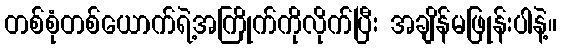
တစ်စုံတစ်ယောက်ရဲ့အကြိုက်ကိုလိုက်ပြီး အချိန်မဖြုန်းပါနဲ့။